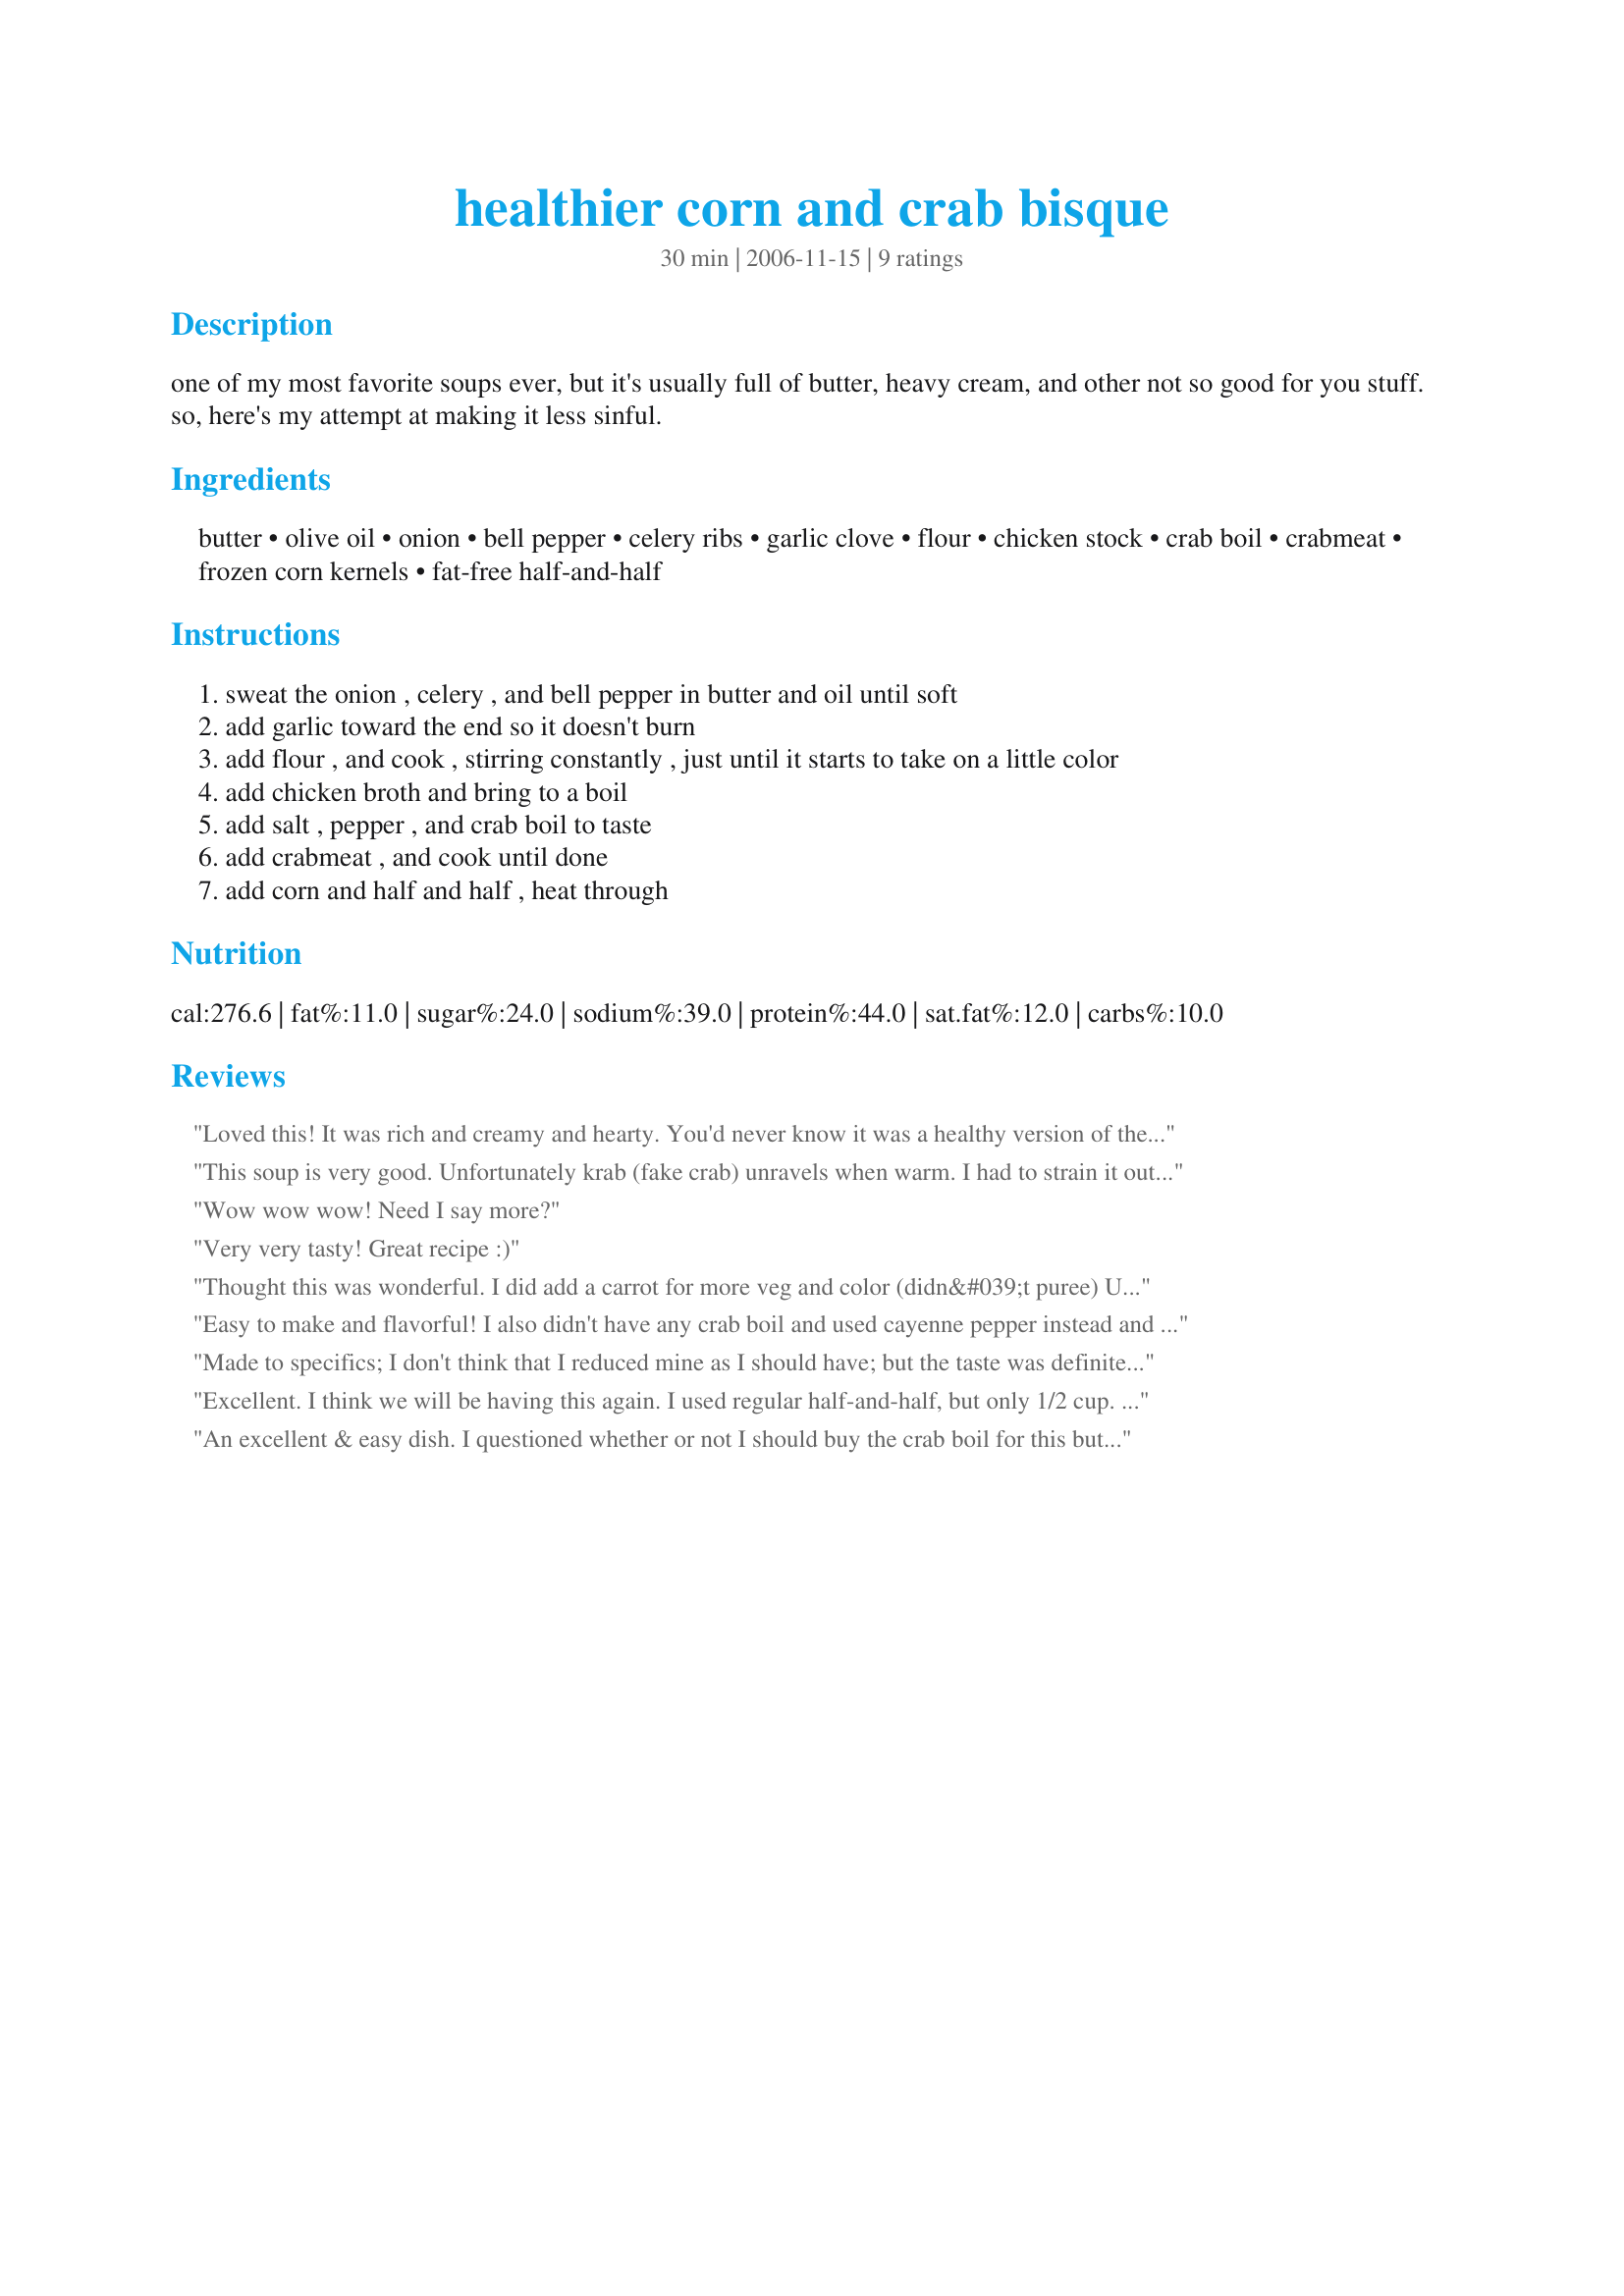
healthier corn and crab bisque
Preparation time: 30 minutes

one of my most favorite soups ever, but it's usually full of butter, heavy cream, and other not so good for you stuff. so, here's my attempt at making it less sinful.

Ingredients:
butter, olive oil, onion, bell pepper, celery ribs, garlic clove, flour, chicken stock, crab boil, crabmeat, frozen corn kernels, fat-free half-and-half

Steps:
sweat the onion , celery , and bell pepper in butter and oil until soft
add garlic toward the end so it doesn't burn
add flour , and cook , stirring constantly , just until it starts to take on a little color
add chicken broth and bring to a boil
add salt , pepper , and crab boil to taste
add crabmeat , and cook until done
add corn and half and half , heat through

Reviews:
Loved this! It was rich and creamy and hearty. You'd never know it was a healthy version of the soup. I didn't have crab boil, so I used cayenne, and it was great. Thanks for a great, healthy soup!
This soup is very good. Unfortunately krab (fake crab) unravels when warm. I had to strain it out after eating the first bowl&#039;s worth. This would obviously taste a million times better with real crab - I was just trying to cut down on my seafood consumption. I will try again with beef broth and beef strips to mix things up. Either way the broth was very delicious and I loved the heat!!
Wow wow wow! Need I say more?
Very very tasty! Great recipe :)
Thought this was wonderful. I did add a carrot for more veg and color (didn&#039;t puree) Used Old bay and some cayenne for extra zip. Used real crab and ended up not putting the whole pound of crab in. Next time I will use only 8 oz both due to cost and to make it slightly less rich. I did use fresh corn as it is in season. This has so much flavor!
Easy to make and flavorful! I also didn't have any crab boil and used cayenne pepper instead and still tasted great. Thank you for sharing this recipe. Yum!
Made to specifics; I don't think that I reduced mine as I should have; but the taste was definitely there. Used imitation crab for even more calorie reduction. Delish! Made for ZWT3. Thanks, EmmyDuckie.
Excellent. I think we will be having this again. I used regular half-and-half, but only 1/2 cup. I did use the cayenne pepper instead of crab boil, but I would like to try it with crab boil. I added about a half teaspoon or so of cajun seasoning and I used all olive oil and no butter. I think I could have gone without any oil at all and just used water, although then you don't get the same sautee flavor, but the soup is so flavorful anyway I am not sure it would be noticeable.
An excellent & easy dish. I questioned whether or not I should buy the crab boil for this but I went ahead and did it and I'm glad because I really feel like it made this recipe! I do wish I would have invested in fresh crab meat with this instead of canned. I used heavy whipping cream instead of half&half. My husband & I really enjoyed this. I'm sure I will be making it again. Made & enjoyed for ZWT5- french/cajun/creole rgion!
